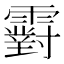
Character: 䨴